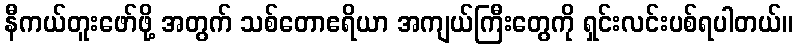
နီကယ်တူးဖော်ဖို့ အတွက် သစ်တောဧရိယာ အကျယ်ကြီးတွေကို ရှင်းလင်းပစ်ရပါတယ်။